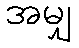
အမျှ